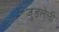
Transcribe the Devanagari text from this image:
जुडलेली